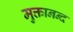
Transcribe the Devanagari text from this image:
मुक्तानन्द